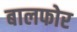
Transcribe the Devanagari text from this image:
बालफोर